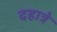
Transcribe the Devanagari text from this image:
दहात्रे